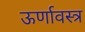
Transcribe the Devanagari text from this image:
ऊर्णावस्त्र